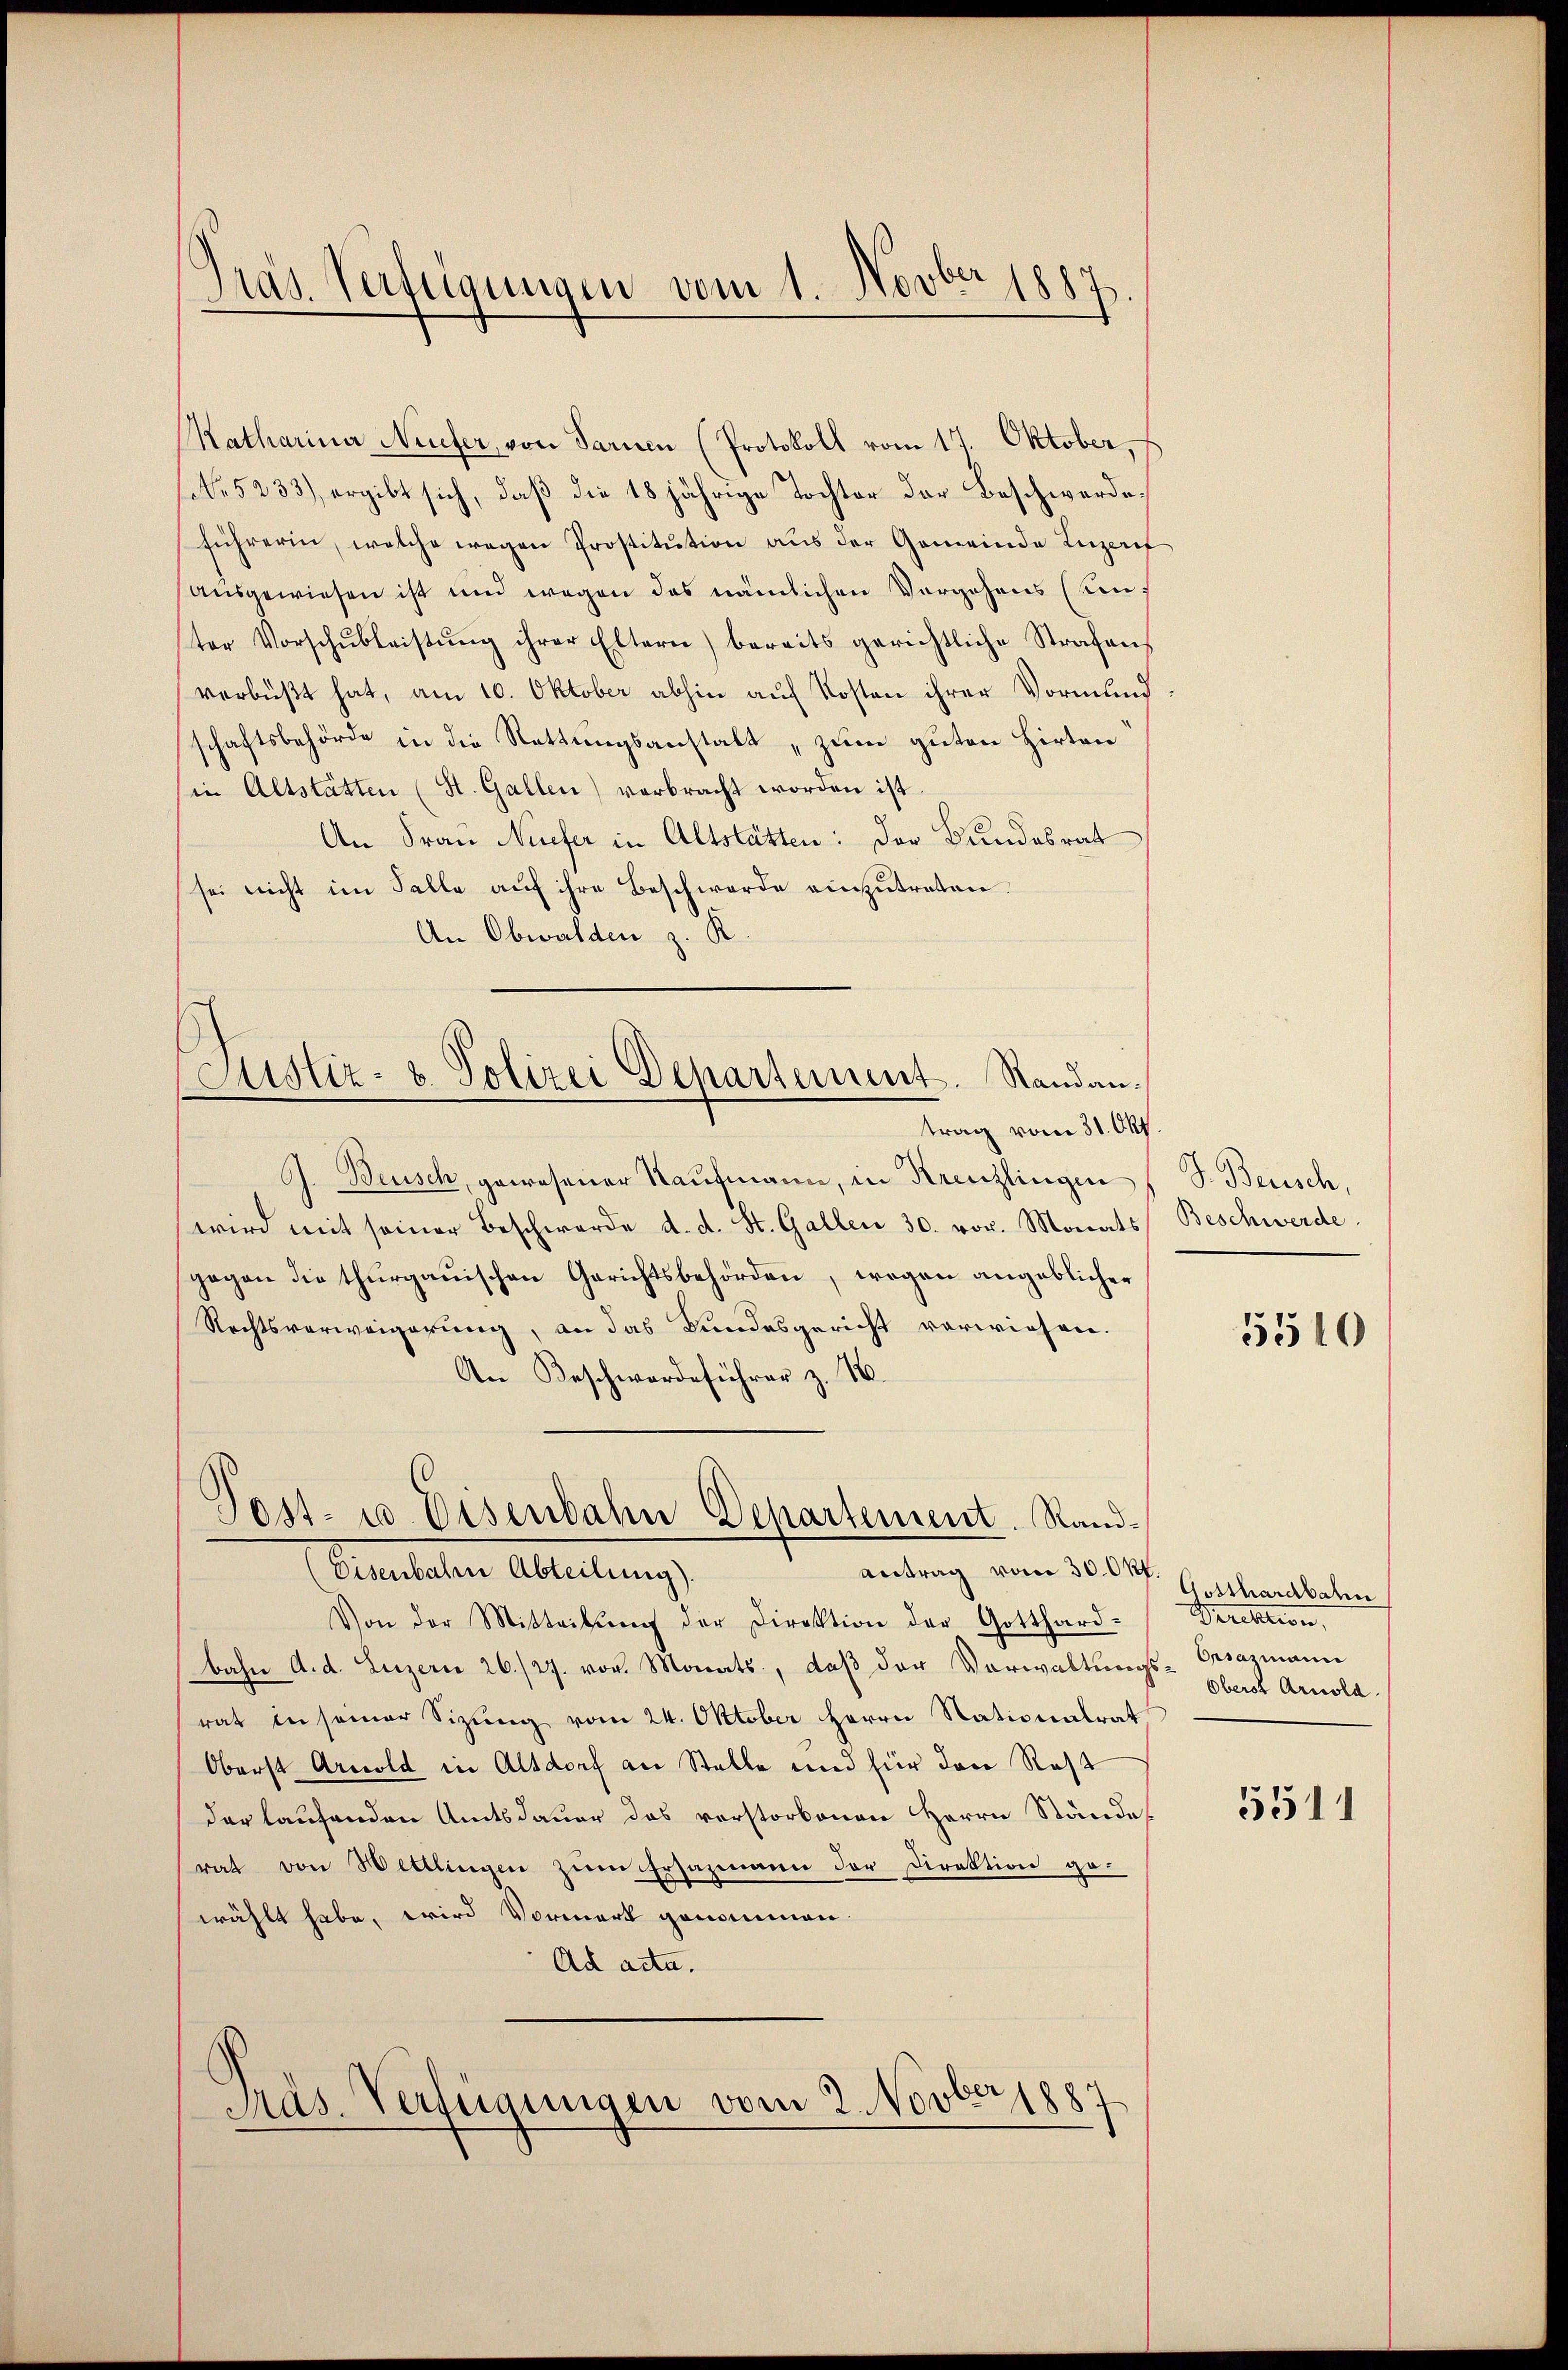
Katharina Neufer, von Sarnen (Protokoll vom 17. Oktober,
No 5233), ergibt sich, daß die 18 jährige Tochter der Beschwerdeführerin, welche wegen Prostitution aus der Gemeinde Luzerf
ausgewiesen ist und wegen das nämlichen Vergehens (unter Vorschŭbleistŭng ihrer Eltern) bereits gerichtliche Strafen,
verbüßt hat, am 10. Oktober abhin auf Kosten ihrer Vormund
schaftsbehörde in die Rettungsanstalt, zum guten Hirten
in Altstätten (St. Gallen) verbracht worden ist.
An Frau Niefer in Altstätten: Der Bundesrat
sei nicht im Falle aŭf ihre Beschwerde einzŭtreten.
An Obwalden z. R.

Präs. Verfügungen vom 1. Novber 1887

Justiz- & Polizei Departement. Standantrag vom 31. Okt.

J. Beusch, gewesener Kaufmann, in Kreuzlingen
wird mit seiner Beschwerde d. d. St. Gallen 30. vor. Monats Beschwerde
gegen die thurgauischen Gerichtsbehörden, wogen angeblicher
Rechtsverweigerung, an das Bundesgericht vorwiesen.
An Beschwerdeführer z. B.

Post- u Eisenbahn Departement. Rand¬

Präs. Verfügungen vom 2. Novber 1887

antrag vom 30. Okt.
(Eisenbahre Abteilung).
Von der Mitteilŭng der Direktion der Gotthard-
bahn a. d. Luzerne 26./27. vor. Monats, daß der Verwaltungs-Ersazmann
rat in seiner Sizung vom 24. Oktober Herrn Nationalrat
Oberst Arnold in Altdorf an Stelle und für den Rest
der laufenden Amtsdauer das vorstorbenen Herrn Stände
rat von Wittlingen zŭm Ersazmann der Direktion ge-
wählt habe, wird Vormerk genommen.
Ad acta.

J. Beisch,

5510

Gotthardbahn
Perektion,
Oberst Arnold.

5511